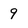
Character: 9